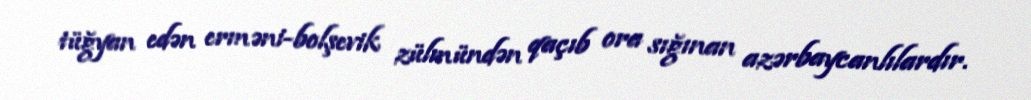
tüğyan edən erməni-bolşevik zülmündən qaçıb ora sığınan azərbaycanlılardır.